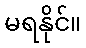
မရနိုင်။